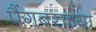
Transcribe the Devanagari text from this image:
पैंगबराच्या